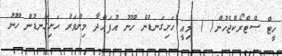
ހީޓް ސްޓްރޯކްޖެހުން( ) މިއީ ހަށިގަނޑުން ހޫނު އުފައްދާ މިންވަރު ހަށިގަނޑުން ހޫނު